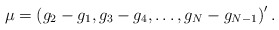
\begin{align*}\mu = \left(g_2 - g_1, g_3 - g_4, \ldots, g_N - g_{N-1}\right)'.\end{align*}